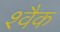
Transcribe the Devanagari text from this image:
श्वैक